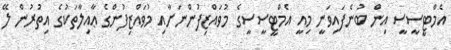
އެމްޓީސީސީ އިން ބުނެފައިވަނީ މިއީ އެމްޓީސީސީގެ މުވައްޒިފުންނަށާއި މުވައްޒިފުންގެ ޢާއިލާތަކުގެ އިތުރުން ލޭ